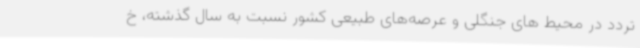
تردد در محیط های جنگلی و عرصه‌های طبیعی کشور نسبت به سال گذشته، خ